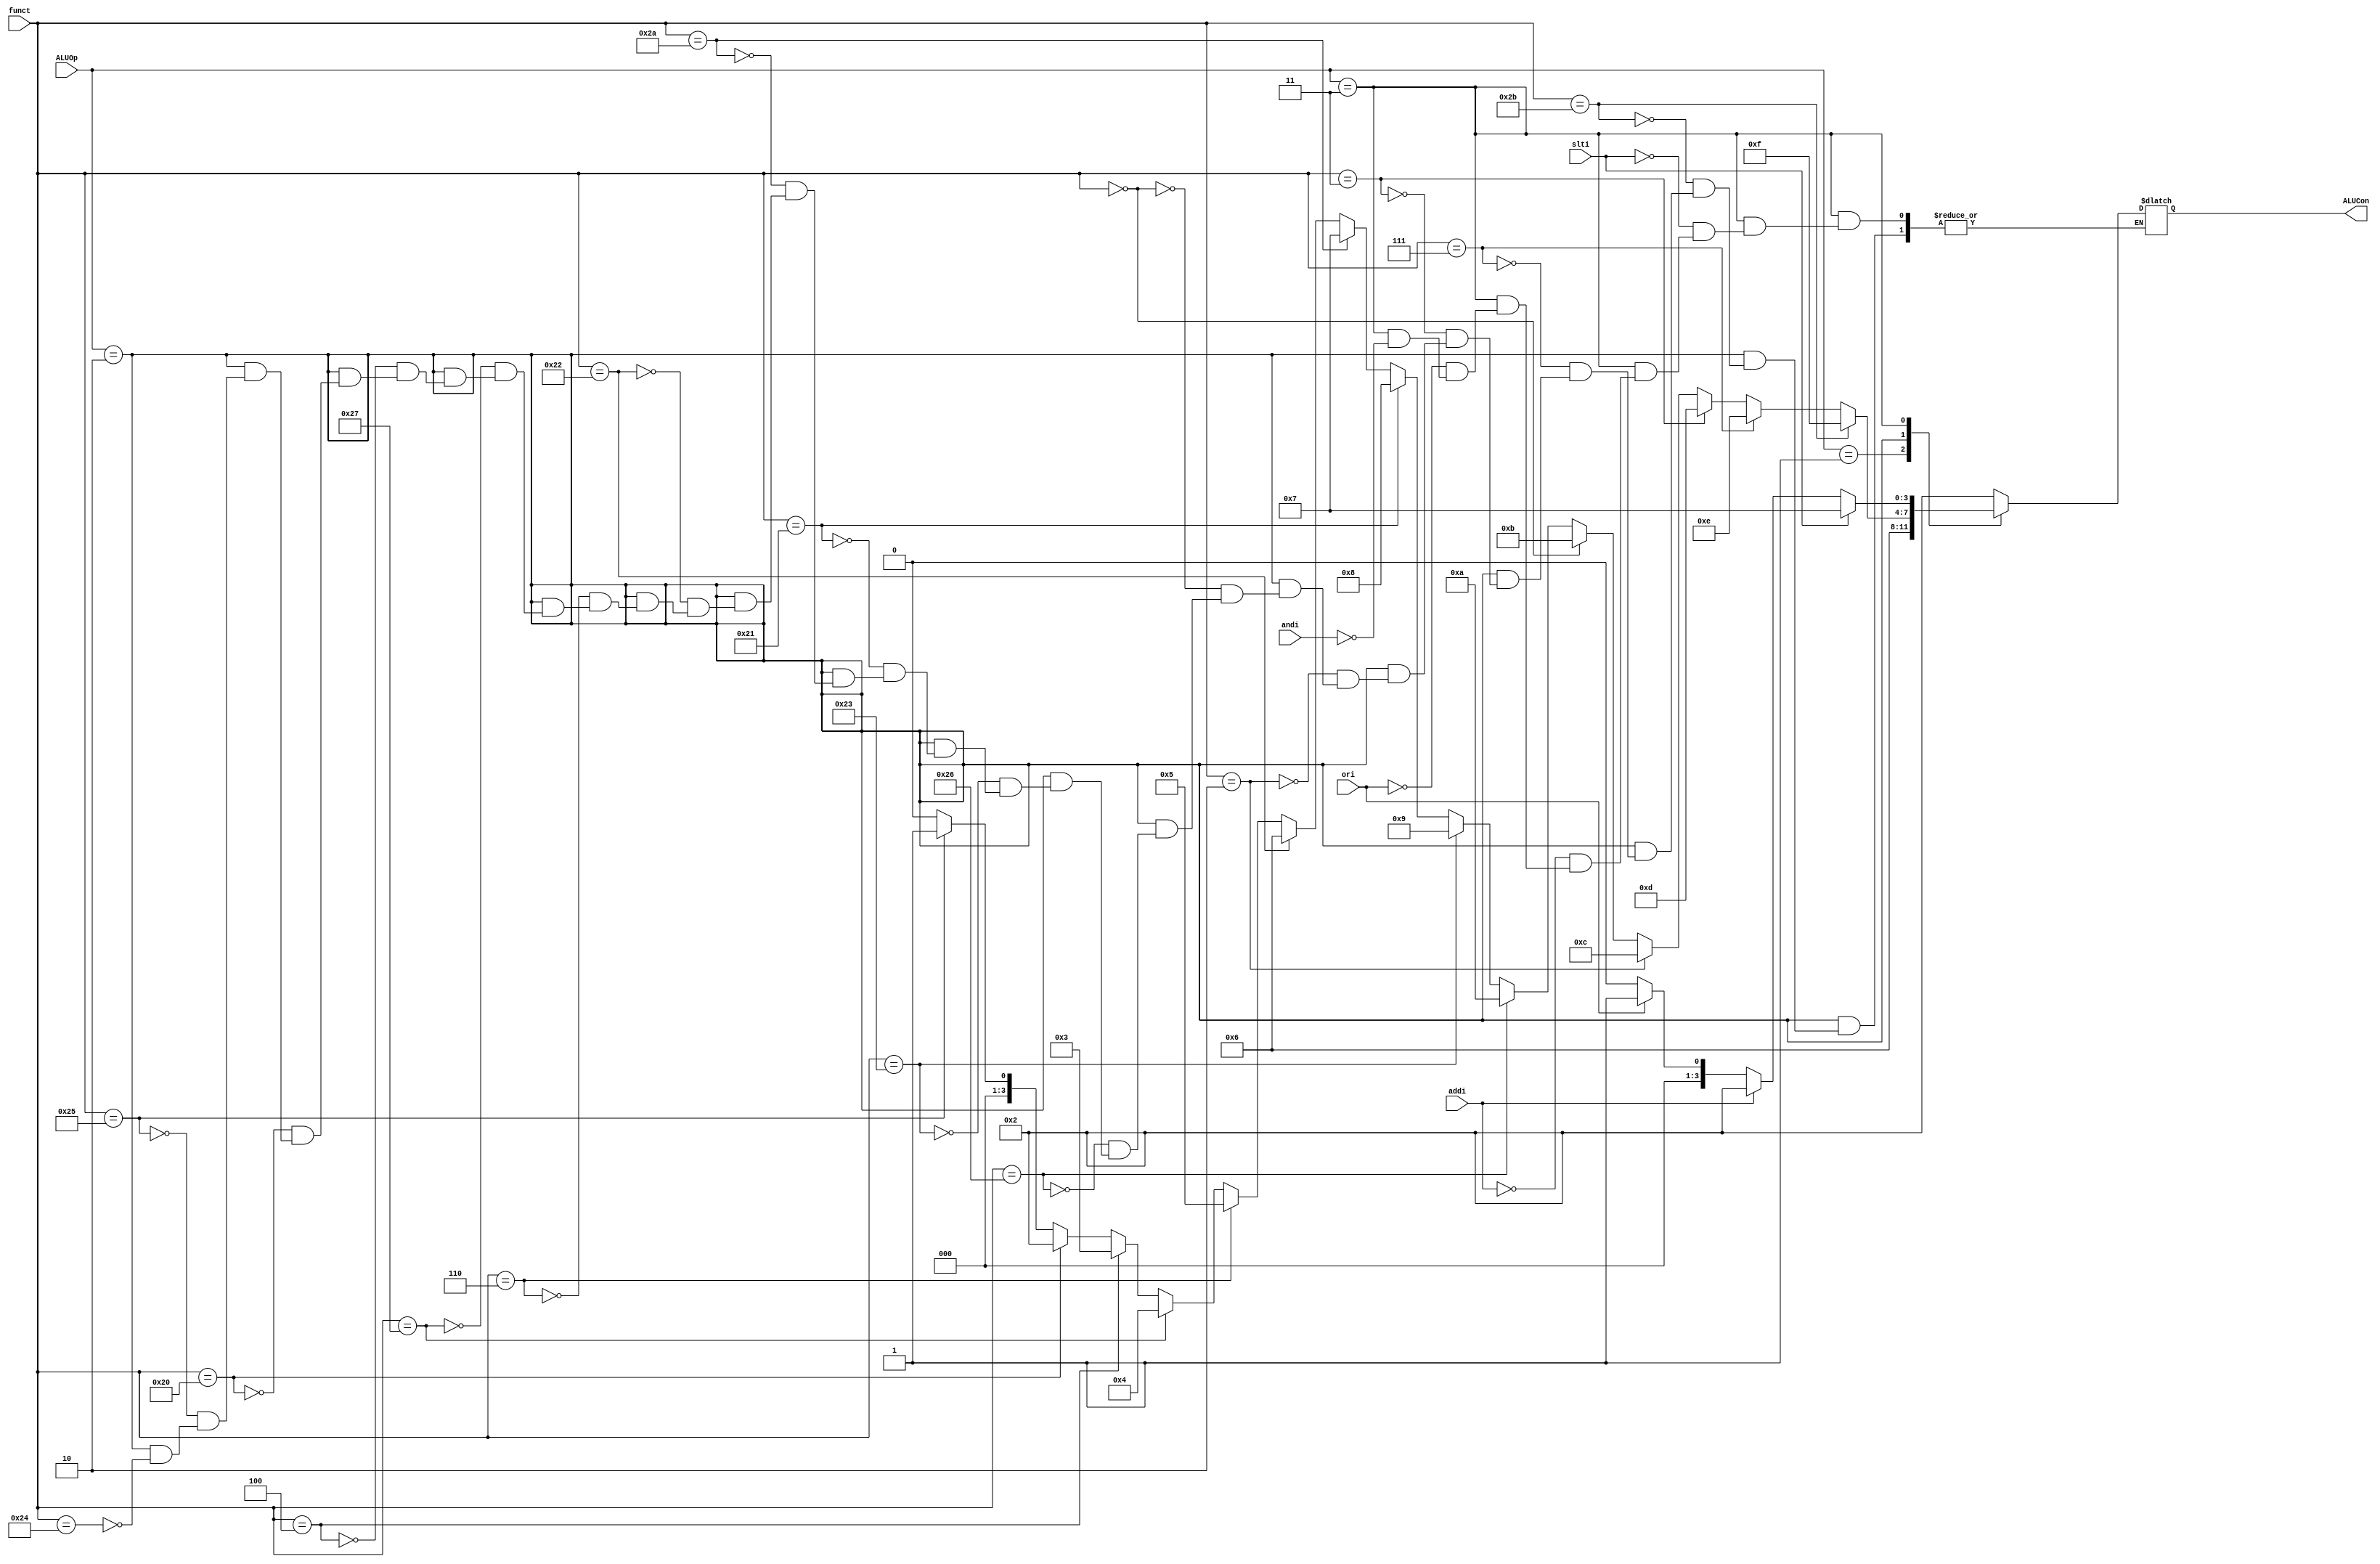
module ALUControl(slti, andi,ori,addi,ALUOp,funct,ALUCon);
    input [1:0] ALUOp;
    input [5:0] funct;
    input andi,ori,addi,slti;
    output [3:0] ALUCon;
    reg [3:0] ALUCon;
         
    always@(ALUOp or funct or andi or ori or addi)     
    begin       
        case(ALUOp)         
            2'b00://lw or sw            
                ALUCon = 4'b0010;
            2'b01://beq            
                ALUCon = 4'b0110;
            2'b10://R-type         
            begin            
                if(funct==6'b100100)               
                    ALUCon = 4'b0000;//and            
                if(funct==6'b100101)               
                    ALUCon = 4'b0001;//or            
                if(funct==6'b100000)               
                    ALUCon = 4'b0010;//add            
                if(funct==6'h4)               
                    ALUCon = 4'b0011;//sllv    
                if(funct==6'b100111)               
                    ALUCon = 4'b0100;//nor            
                if(funct==6'h6)               
                    ALUCon = 4'b0101;//srlv          
                if(funct==6'b100010)               
                    ALUCon = 4'b0110;//sub            
                if(funct==6'h2a)               
                    ALUCon = 4'b0111;//slt     
                if(funct==6'h21)
                    ALUCon = 4'b1000;//addu
                if(funct==6'h23)
                    ALUCon = 4'b1001;//subu
                if(funct==6'h26)
                    ALUCon = 4'b1010;//xor
                if(funct==6'h0)
                    ALUCon = 4'b1011;//sll
                if(funct==6'h2)
                    ALUCon = 4'b1100;//srl
                if(funct==6'h3)
                    ALUCon = 4'b1101;//sra
                if(funct==6'h7)
                    ALUCon = 4'b1110;//srav
                if(funct==6'h2b)
                    ALUCon = 4'b1111;//sltu
                
                
            end       
            2'b11://immediate       
            begin           
                if(andi)
                begin              
                    ALUCon = 4'b0000;//andi          
                end           
                if(ori) 
                begin              
                    ALUCon = 4'b0001;//ori          
                end           
                if(addi)              
                    ALUCon = 4'b0010;//addi      
                if(slti)              
                    ALUCon = 4'b0111;//slti    
            end     
        endcase     
    end  
endmodule